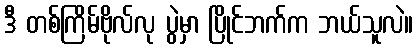
ဒီ တစ်ကြိမ်ဗိုလ်လု ပွဲမှာ ပြိုင်ဘက်က ဘယ်သူလဲ။